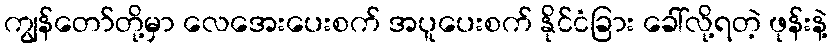
ကျွန်တော်တို့မှာ လေအေးပေးစက် အပူပေးစက် နိုင်ငံခြား ခေါ်လို့ရတဲ့ ဖုန်းနဲ့